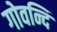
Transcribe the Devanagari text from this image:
गोवन्दि